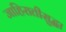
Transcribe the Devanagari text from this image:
जाहिरातीसुद्धा